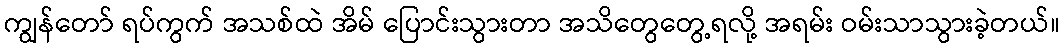
ကျွန်တော် ရပ်ကွက် အသစ်ထဲ အိမ် ပြောင်းသွားတာ အသိတွေတွေ့ရလို့ အရမ်း ဝမ်းသာသွားခဲ့တယ်။